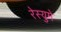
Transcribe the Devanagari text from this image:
रेस्युमे